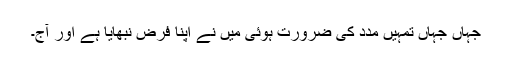
جہاں جہاں تمہیں مدد کی ضرورت ہوئی میں نے اپنا فرض نبھایا ہے اور آج۔